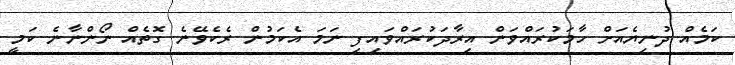
ކަމެއް ދުނިޔެއަށް ހާމަކުރައްވަން އިރާދަކުރައްވައިފި ނަމަ އެކަމުން ރެކެވޭނެ ގޮތެއް ނޯންނާނެ ކަމީ